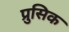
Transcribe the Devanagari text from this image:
प्रुसिक